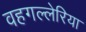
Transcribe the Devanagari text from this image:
वहगल्लेरिया